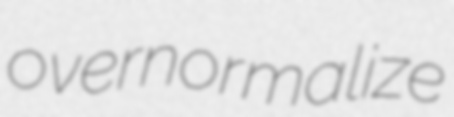
overnormalize